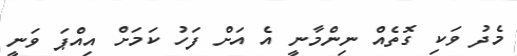
މެދު ވަކި ގޮތެއް ނިންމާނީ އެ އަށް ފަހު ކަމަށް އިއްޕަ ވަނީ